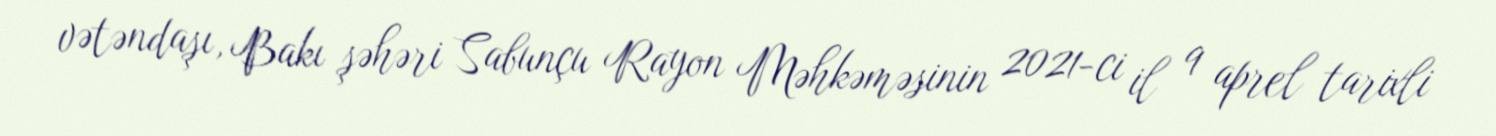
vətəndaşı, Bakı şəhəri Sabunçu Rayon Məhkəməsinin 2021-ci il 9 aprel tarixli